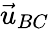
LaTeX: \vec{u}_{BC}